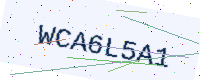
Text: WCA6L5A1